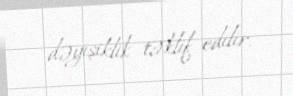
dəyişiklik təklif edilir.